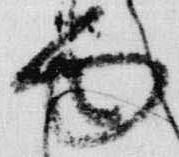
面